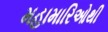
મહામારિઓથી